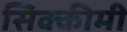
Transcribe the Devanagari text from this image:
सिक्कीमी